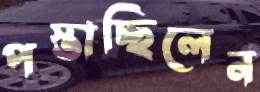
পস্তাচ্ছিলেন